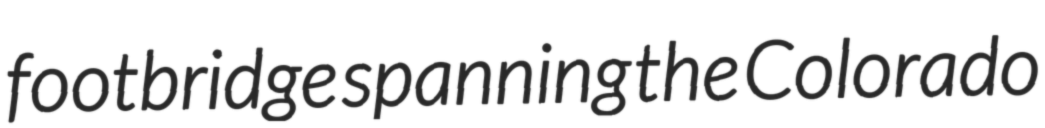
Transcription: footbridge spanning the Colorado